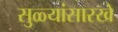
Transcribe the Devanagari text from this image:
सुळ्यांसारखे